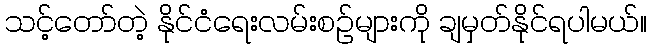
သင့်တော်တဲ့ နိုင်ငံရေးလမ်းစဉ်များကို ချမှတ်နိုင်ရပါမယ်။